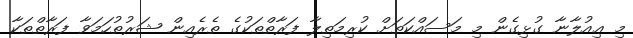
މި ޢިއުލާނާ ގުޅިގެން މި މަސައްކަތަށް ކުރިމަތިލާ ފަރާތްތަކުގެ ތެރެއިން ޝަރުތުހަމަވާ ފަރާތްތަކާ